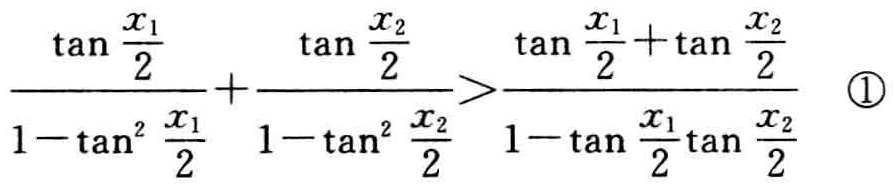
\[\frac{\tan\frac{x_{1}}{2}}{1 - \tan^{2}\frac{x_{1}}{2}}+\frac{\tan\frac{x_{2}}{2}}{1 - \tan^{2}\frac{x_{2}}{2}}>\frac{\tan\frac{x_{1}}{2}+\tan\frac{x_{2}}{2}}{1 - \tan\frac{x_{1}}{2}\tan\frac{x_{2}}{2}}\text{ \textcircled{1}}\]